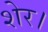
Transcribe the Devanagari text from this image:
शेर।